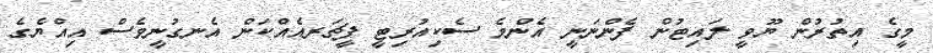
މީގެ އިތުރުން ޔޫވީ ލައިޓުން ފެންނަނީ އެންމެ ސެކިއުރިޓީ ފީޗަރއެއްކަން އެނގުނީވެސް އިއްޔެގެ